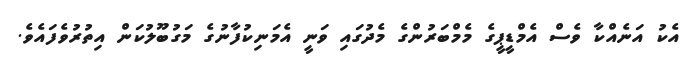
އެކު އަނެއްކާ ވެސް އެމްޑީޕީގެ މެމްބަރުންގެ މެދުގައި ވަނީ އެމަނިކުފާނުގެ މަގުބޫލުކަން އިތުރުވެފައެވެ.